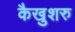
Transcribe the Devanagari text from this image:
कैखुशरु